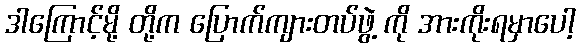
ဒါကြောင့်မို့ တို့က ပြောက်ကျားတပ်ဖွဲ့ ကို အားကိုးရမှာပေါ့